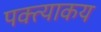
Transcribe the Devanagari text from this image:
पक्त्याकय